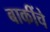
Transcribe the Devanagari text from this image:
बाकींचे